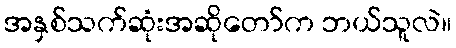
အနှစ်သက်ဆုံးအဆိုတော်က ဘယ်သူလဲ။